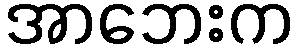
အာဘေးက